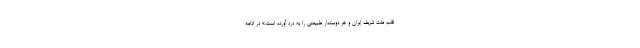
قلب ملت شریف ایران و هر دوستدار طبیعتی را به درد آورده است.» در ادامه